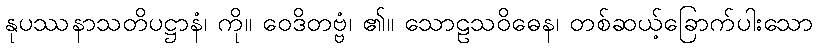
နုပဿနာသတိပဋ္ဌာနံ၊ ကို။ ဝေဒိတဗ္ဗံ၊ ၏။ သောဠသဝိဓေန၊ တစ်ဆယ့်ခြောက်ပါးသော